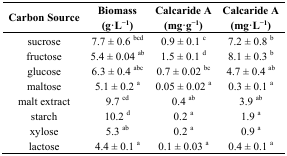
| Carbon Source | Biomass (g·L−1) | Calcaride A (mg·g−1) | Calcaride A (mg·L−1) |
 | --- | --- | --- | --- |
 | sucrose | 7.7 ± 0.6 bcd | 0.9 ± 0.1 c | 7.2 ± 0.8 b |
 | fructose | 5.4 ± 0.04 ab | 1.5 ± 0.1 d | 8.1 ± 0.3 b |
 | glucose | 6.3 ± 0.4 abc | 0.7 ± 0.02 bc | 4.7 ± 0.4 ab |
 | maltose | 5.1 ± 0.2 a | 0.05 ± 0.02 a | 0.3 ± 0.1 a |
 | malt extract | 9.7 cd | 0.4 ab | 3.9 ab |
 | starch | 10.2 d | 0.2 a | 1.9 a |
 | xylose | 5.3 ab | 0.2 a | 0.9 a |
 | lactose | 4.4 ± 0.1 a | 0.1 ± 0.03 a | 0.4 ± 0.1 a |